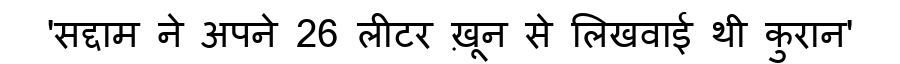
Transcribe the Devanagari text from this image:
'सद्दाम ने अपने 26 लीटर ख़ून से लिखवाई थी कुरान'